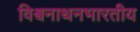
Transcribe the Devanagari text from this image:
विश्वनाथनभारतीय